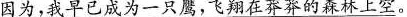
\underline{因为，我早已成为一只鹰，飞翔在莽莽的森林上空。}